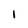
Character: l